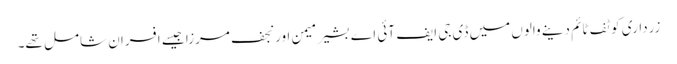
زرداری کو ٹف ٹائم دینے والوں میں ڈی جی ایف آئی اے بشیر میمن اور نجف مرزا جیسے افسران شامل تھے۔